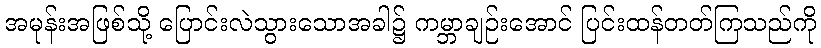
အမုန်းအဖြစ်သို့ ပြောင်းလဲသွားသောအခါ၌ ကမ္ဘာချဉ်းအောင် ပြင်းထန်တတ်ကြသည်ကို